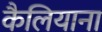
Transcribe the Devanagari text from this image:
कैलियाना